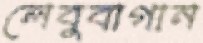
লেবুবাগান